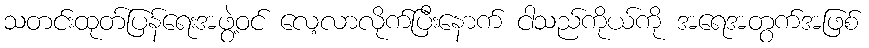
သတင်းထုတ်ပြန်ရေးအဖွဲ့ဝင် လေ့လာလိုက်ပြီးနောက် ငါသည်ကိုယ်ကို အရေအတွက်အဖြစ်